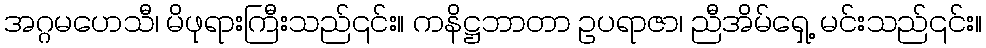
အဂ္ဂမဟေသီ၊ မိဖုရားကြီးသည်၎င်း။ ကနိဋ္ဌဘာတာ ဥပရာဇာ၊ ညီအိမ်ရှေ့ မင်းသည်၎င်း။